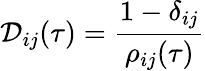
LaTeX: \mathcal{D}_{ij}(\tau)=\frac{1-\delta_{ij}}{\rho_{ij}(\tau)}